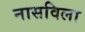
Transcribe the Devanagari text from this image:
नासविला